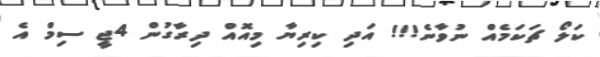
ކަލޯ ޗަކަމެއް ނުވާނެ!!! އަދި ކިރިޔާ މިއޮއް ދިރާގުން 4ޖީ ސިމް އެ